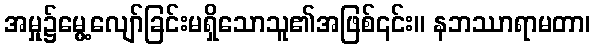
အမှု၌မွေ့လျော်ခြင်းမရှိသောသူ၏အဖြစ်၎င်း။ နဘဿာရာမတာ၊